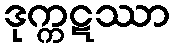
ဒုက္ကဋဿာ